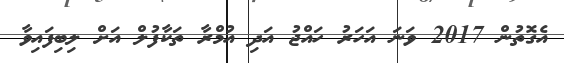
އެގޮތުން 2017 ވަނަ އަހަރު ހައްޖު އަދި އުމްރާ ތަކާފުލް އަށް ލިބިފައިވާ